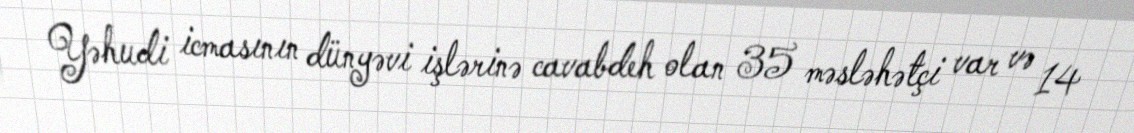
Yəhudi icmasının dünyəvi işlərinə cavabdeh olan 35 məsləhətçi var və 14